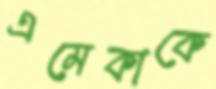
এমেকাকে